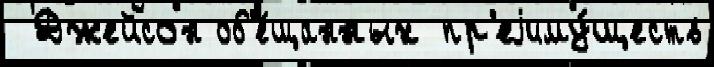
 Джейсон об'е́щанных пр'еjиму́ществ